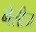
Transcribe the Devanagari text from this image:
गैलीज